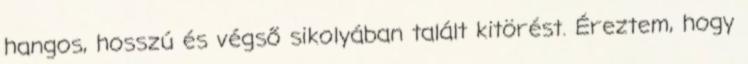
hangos, hosszú és végső sikolyában talált kitörést. Éreztem, hogy